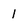
Character: 1